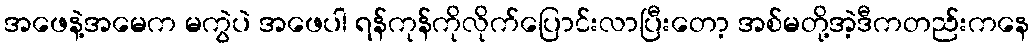
အဖေနဲ့အမေက မကွဲပဲ အဖေပါ ရန်ကုန်ကိုလိုက်ပြောင်းလာပြီးတော့ အစ်မတို့အဲ့ဒီကတည်းကနေ